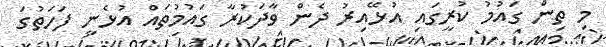
މި ތިން ގައުމު ކުރީގައި އުޅޭއިރު ދެން ވާދަކުރާ ގައުމުތައް އުޅެނީ ފަހަތުގަ